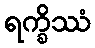
ရက္ခိဿံ